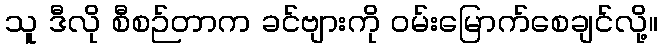
သူ ဒီလို စီစဉ်တာက ခင်ဗျားကို ဝမ်းမြောက်စေချင်လို့။